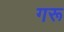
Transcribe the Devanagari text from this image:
गरू